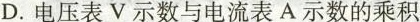
D.电压表V示数与电流表A示数的乘积